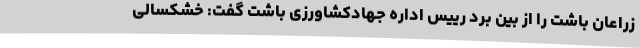
زراعان باشت را از بین برد رییس اداره جهادکشاورزی باشت گفت: خشکسالی